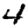
Digit: 4